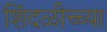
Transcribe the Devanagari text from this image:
शिंदळीच्च्या